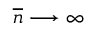
\overline { { n } } \longrightarrow \infty